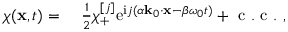
\begin{array} { r l } { \chi ( \mathbf { x } , t ) = ~ } & { { } \frac { 1 } { 2 } \chi _ { + } ^ { [ j ] } \mathrm { e } ^ { \mathrm { i } j ( \alpha \mathbf { k } _ { 0 } \cdot \mathbf { x } - \beta \omega _ { 0 } t ) } + \mathrm { ~ c ~ . ~ c ~ . ~ } , } \end{array}